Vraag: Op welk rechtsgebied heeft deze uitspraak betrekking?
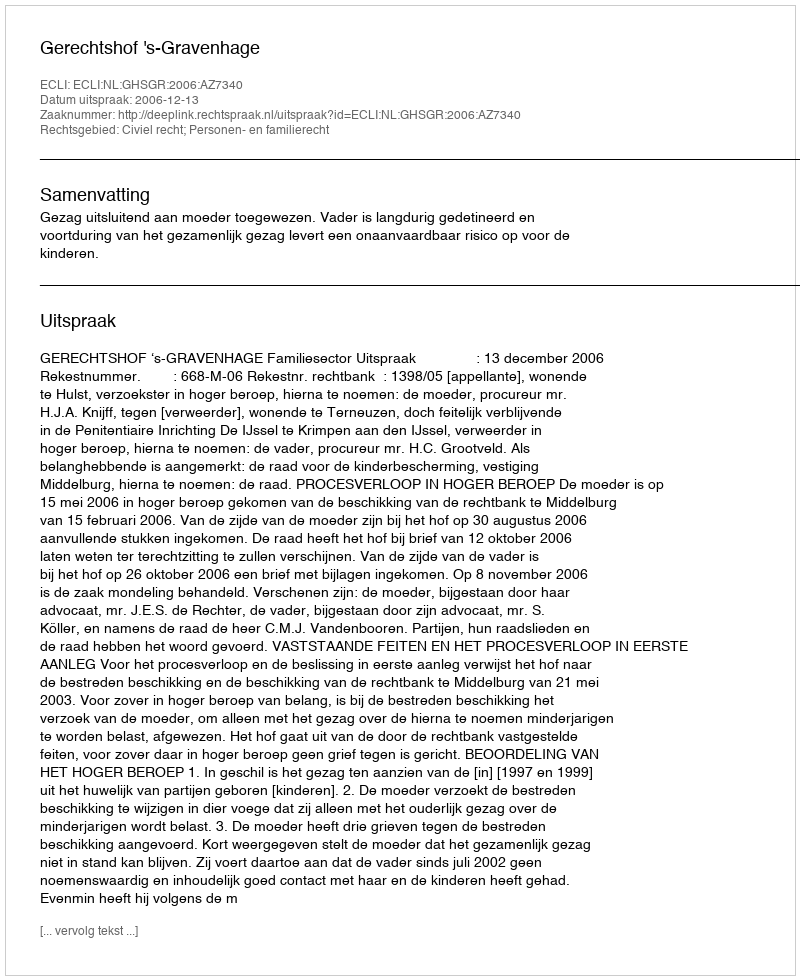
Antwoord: Civiel recht; Personen- en familierecht